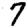
Digit: 7